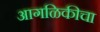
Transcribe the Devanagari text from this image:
आगळिकीचा